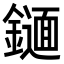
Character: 𨭫